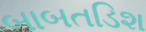
બાબતડિશ